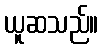
ယူဆသည်။